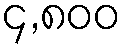
၄,၈၀၀